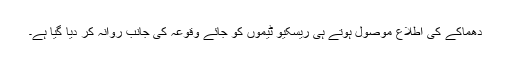
دھماکے کی اطلاع موصول ہوتے ہی ریسکیو ٹیموں کو جائے وقوعہ کی جانب روانہ کر دیا گیا ہے۔